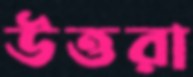
উত্তরা